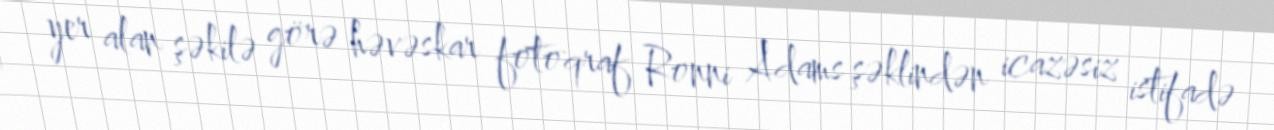
yer alan şəkilə görə həvəskar fotoqraf Ronni Adams şəklindən icazəsiz istifadə